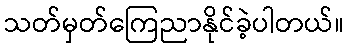
သတ်မှတ်ကြေညာနိုင်ခဲ့ပါတယ်။